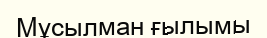
Мұсылман ғылымы